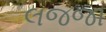
લજજા